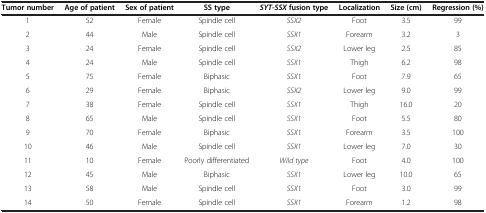
<table><thead><tr><td><b>Tumor number</b></td><td><b>Age of patient</b></td><td><b>Sex of patient</b></td><td><b>SS type</b></td><td><b><i>SYT-SSX </i>fusion type</b></td><td><b>Localization</b></td><td><b>Size (cm)</b></td><td><b>Regression (%)</b></td></tr></thead><tbody><tr><td>1</td><td>52</td><td>Female</td><td>Spindle cell</td><td><i>SSX2</i></td><td>Foot</td><td>3.5</td><td>99</td></tr><tr><td>2</td><td>44</td><td>Male</td><td>Spindle cell</td><td><i>SSX1</i></td><td>Forearm</td><td>3.2</td><td>3</td></tr><tr><td>3</td><td>24</td><td>Female</td><td>Spindle cell</td><td><i>SSX2</i></td><td>Lower leg</td><td>2.5</td><td>85</td></tr><tr><td>4</td><td>24</td><td>Male</td><td>Spindle cell</td><td><i>SSX1</i></td><td>Thigh</td><td>6.2</td><td>98</td></tr><tr><td>5</td><td>75</td><td>Female</td><td>Biphasic</td><td><i>SSX1</i></td><td>Foot</td><td>7.9</td><td>65</td></tr><tr><td>6</td><td>29</td><td>Female</td><td>Biphasic</td><td><i>SSX2</i></td><td>Lower leg</td><td>9.0</td><td>99</td></tr><tr><td>7</td><td>38</td><td>Female</td><td>Spindle cell</td><td><i>SSX1</i></td><td>Thigh</td><td>16.0</td><td>20</td></tr><tr><td>8</td><td>65</td><td>Male</td><td>Spindle cell</td><td><i>SSX1</i></td><td>Foot</td><td>5.5</td><td>80</td></tr><tr><td>9</td><td>70</td><td>Female</td><td>Biphasic</td><td><i>SSX1</i></td><td>Forearm</td><td>3.5</td><td>100</td></tr><tr><td>10</td><td>46</td><td>Male</td><td>Spindle cell</td><td><i>SSX1</i></td><td>Lower leg</td><td>7.0</td><td>30</td></tr><tr><td>11</td><td>10</td><td>Female</td><td>Poorly differentiated</td><td><i>Wild type</i></td><td>Foot</td><td>4.0</td><td>100</td></tr><tr><td>12</td><td>45</td><td>Male</td><td>Biphasic</td><td><i>SSX1</i></td><td>Lower leg</td><td>10.0</td><td>65</td></tr><tr><td>13</td><td>58</td><td>Male</td><td>Spindle cell</td><td><i>SSX1</i></td><td>Foot</td><td>3.0</td><td>99</td></tr><tr><td>14</td><td>50</td><td>Female</td><td>Spindle cell</td><td><i>SSX1</i></td><td>Forearm</td><td>1.2</td><td>98</td></tr></tbody></table>